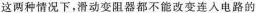
这两种情况下，滑动变阻器都不能改变连入电路的